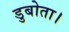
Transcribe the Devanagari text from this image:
डुबोता।